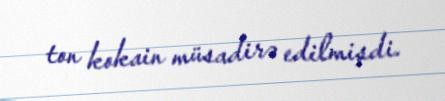
ton kokain müsadirə edilmişdi.